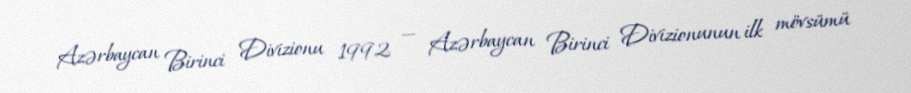
Azərbaycan Birinci Divizionu 1992 — Azərbaycan Birinci Divizionunun ilk mövsümü